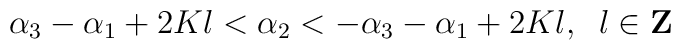
\alpha_{3}-\alpha_{1}+2Kl<\alpha_{2}<-\alpha_{3}-\alpha_{1}+2Kl,\;\;l\in{\bf Z}